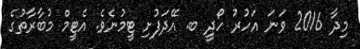
މިދާ 2016 ވަނަ އަހުރު ހޯދީ ބ. އޭދަފުށި ޓީމުނެވެ. އެޓީމް މުބާރާތުގެ